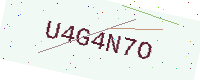
Text: U4G4N7O